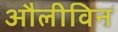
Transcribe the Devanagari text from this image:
औलीविन